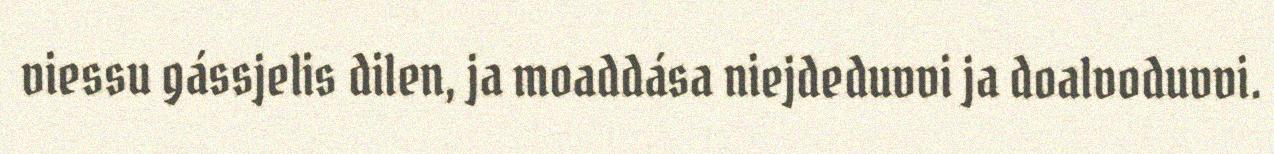
viessu gássjelis dilen, ja moaddása niejdeduvvi ja doalvoduvvi.